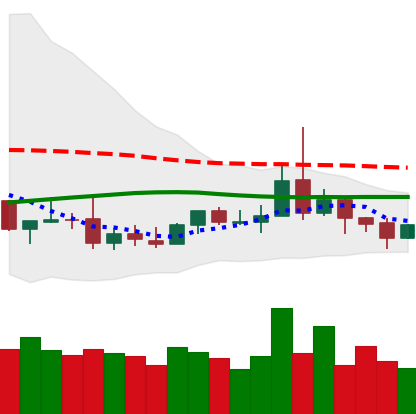
Ticker: DOGE-USD
Chart end date: 2019-08-11
Forward return: -7.488%
Label: down_7plus